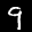
Label: 9